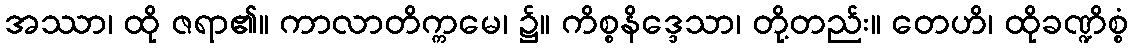
အဿာ၊ ထို ဇရာ၏။ ကာလာတိက္ကမေ၊ ၌။ ကိစ္စနိဒ္ဒေသာ၊ တို့တည်း။ တေဟိ၊ ထိုခဏ္ဍိစ္စံ